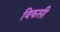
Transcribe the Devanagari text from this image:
विकसी